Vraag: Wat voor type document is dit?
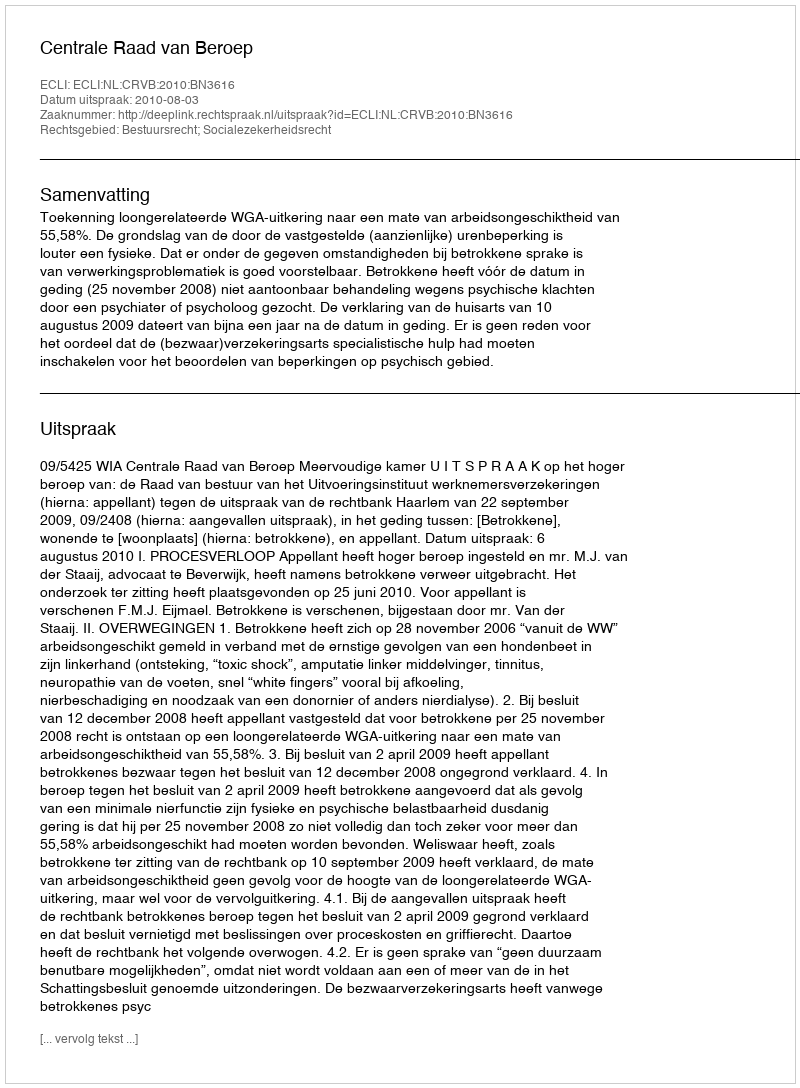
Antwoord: Uitspraak